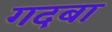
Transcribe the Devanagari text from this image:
गदबा